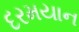
દરમયાન